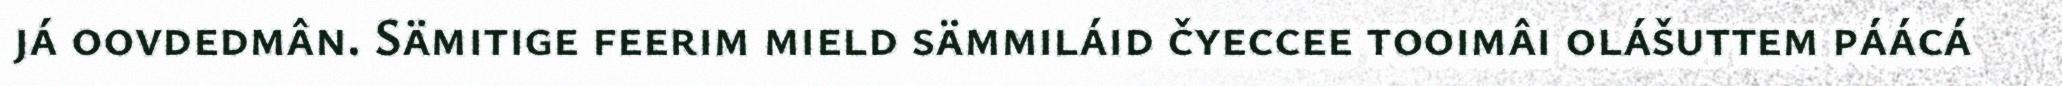
já oovdedmân. Sämitige feerim mield sämmiláid čyeccee tooimâi olášuttem páácá